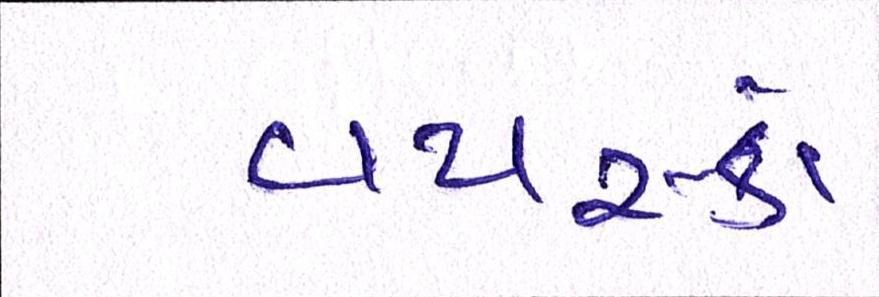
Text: વયસ્કો